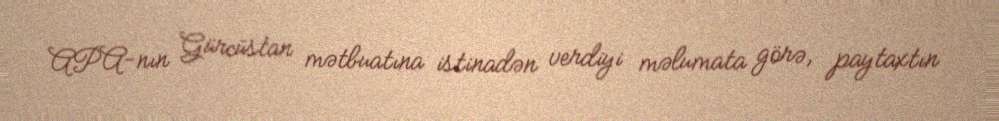
APA-nın Gürcüstan mətbuatına istinadən verdiyi məlumata görə, paytaxtın